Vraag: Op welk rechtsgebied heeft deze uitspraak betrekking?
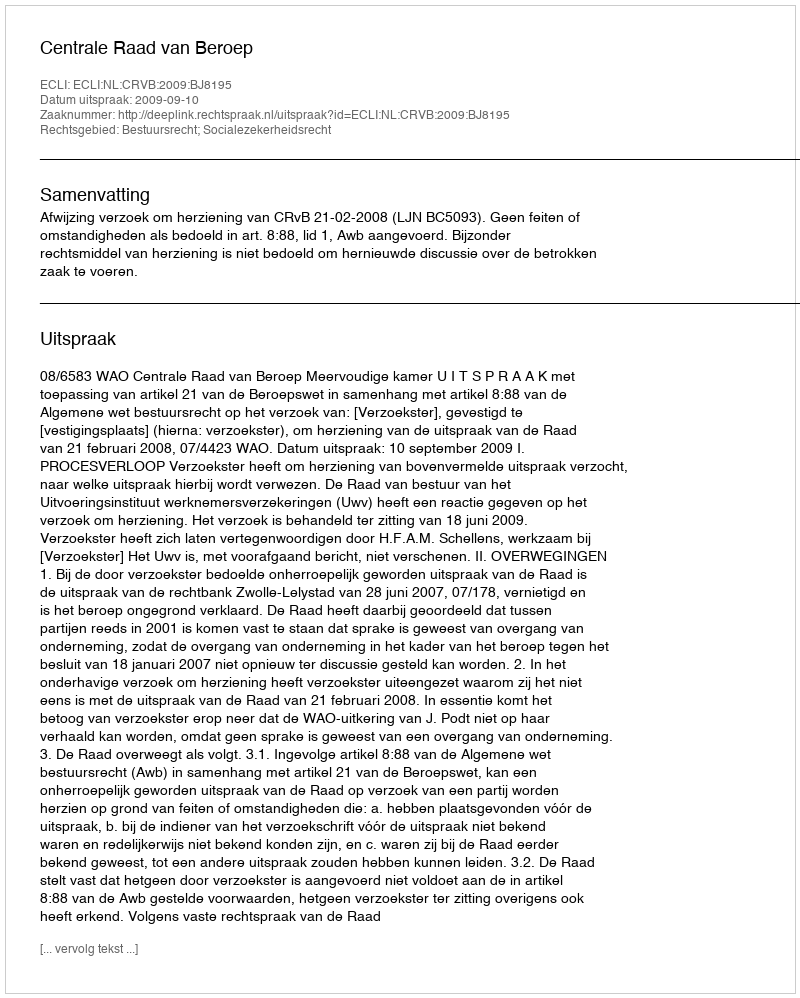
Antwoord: Bestuursrecht; Socialezekerheidsrecht